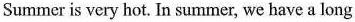
Summer is very hot. In summer, we have a long